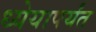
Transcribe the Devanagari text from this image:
ध्येयापर्यंत